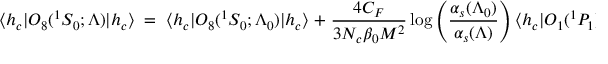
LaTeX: { \langle h _ { c } | } { \cal O } _ { 8 } ( { } ^ { 1 } S _ { 0 } ; \Lambda ) { | h _ { c } \rangle } \; = \; { \langle h _ { c } | } { \cal O } _ { 8 } ( { } ^ { 1 } S _ { 0 } ; \Lambda _ { 0 } ) { | h _ { c } \rangle } \; + \; { \frac { 4 C _ { F } } { 3 N _ { c } \beta _ { 0 } M ^ { 2 } } } \log \left( \frac { \alpha _ { s } ( \Lambda _ { 0 } ) } { \alpha _ { s } ( \Lambda ) } \right) { \langle h _ { c } | } { \cal O } _ { 1 } ( { } ^ { 1 } P _ { 1 } ) { | h _ { c } \rangle } .